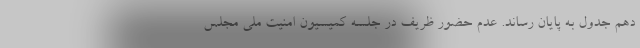
دهم جدول به پایان رساند. عدم حضور ظریف در جلسه کمیسیون امنیت ملی مجلس